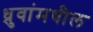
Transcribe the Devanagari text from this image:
ध्रुवांमधील